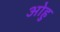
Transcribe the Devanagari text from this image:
ओहु